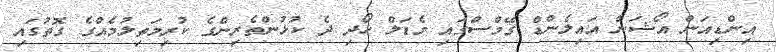
އިންޑިއަން އޯޝަން އައިލެންޑް ގޭމްސްގައި މެޑަލް ހޯދި ދެ ކުޅުންތެރިންގެ ކުރިމަތިލުމެއްގެ ގޮތުގައި